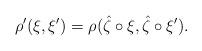
LaTeX: \begin{gather*} \rho'(\xi,\xi') = \rho(\hat{\zeta} \circ \xi, \hat{\zeta} \circ \xi'). \end{gather*}